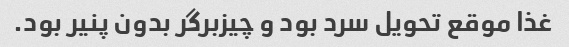
غذا موقع تحویل سرد بود و چیزبرگر بدون پنیر بود.